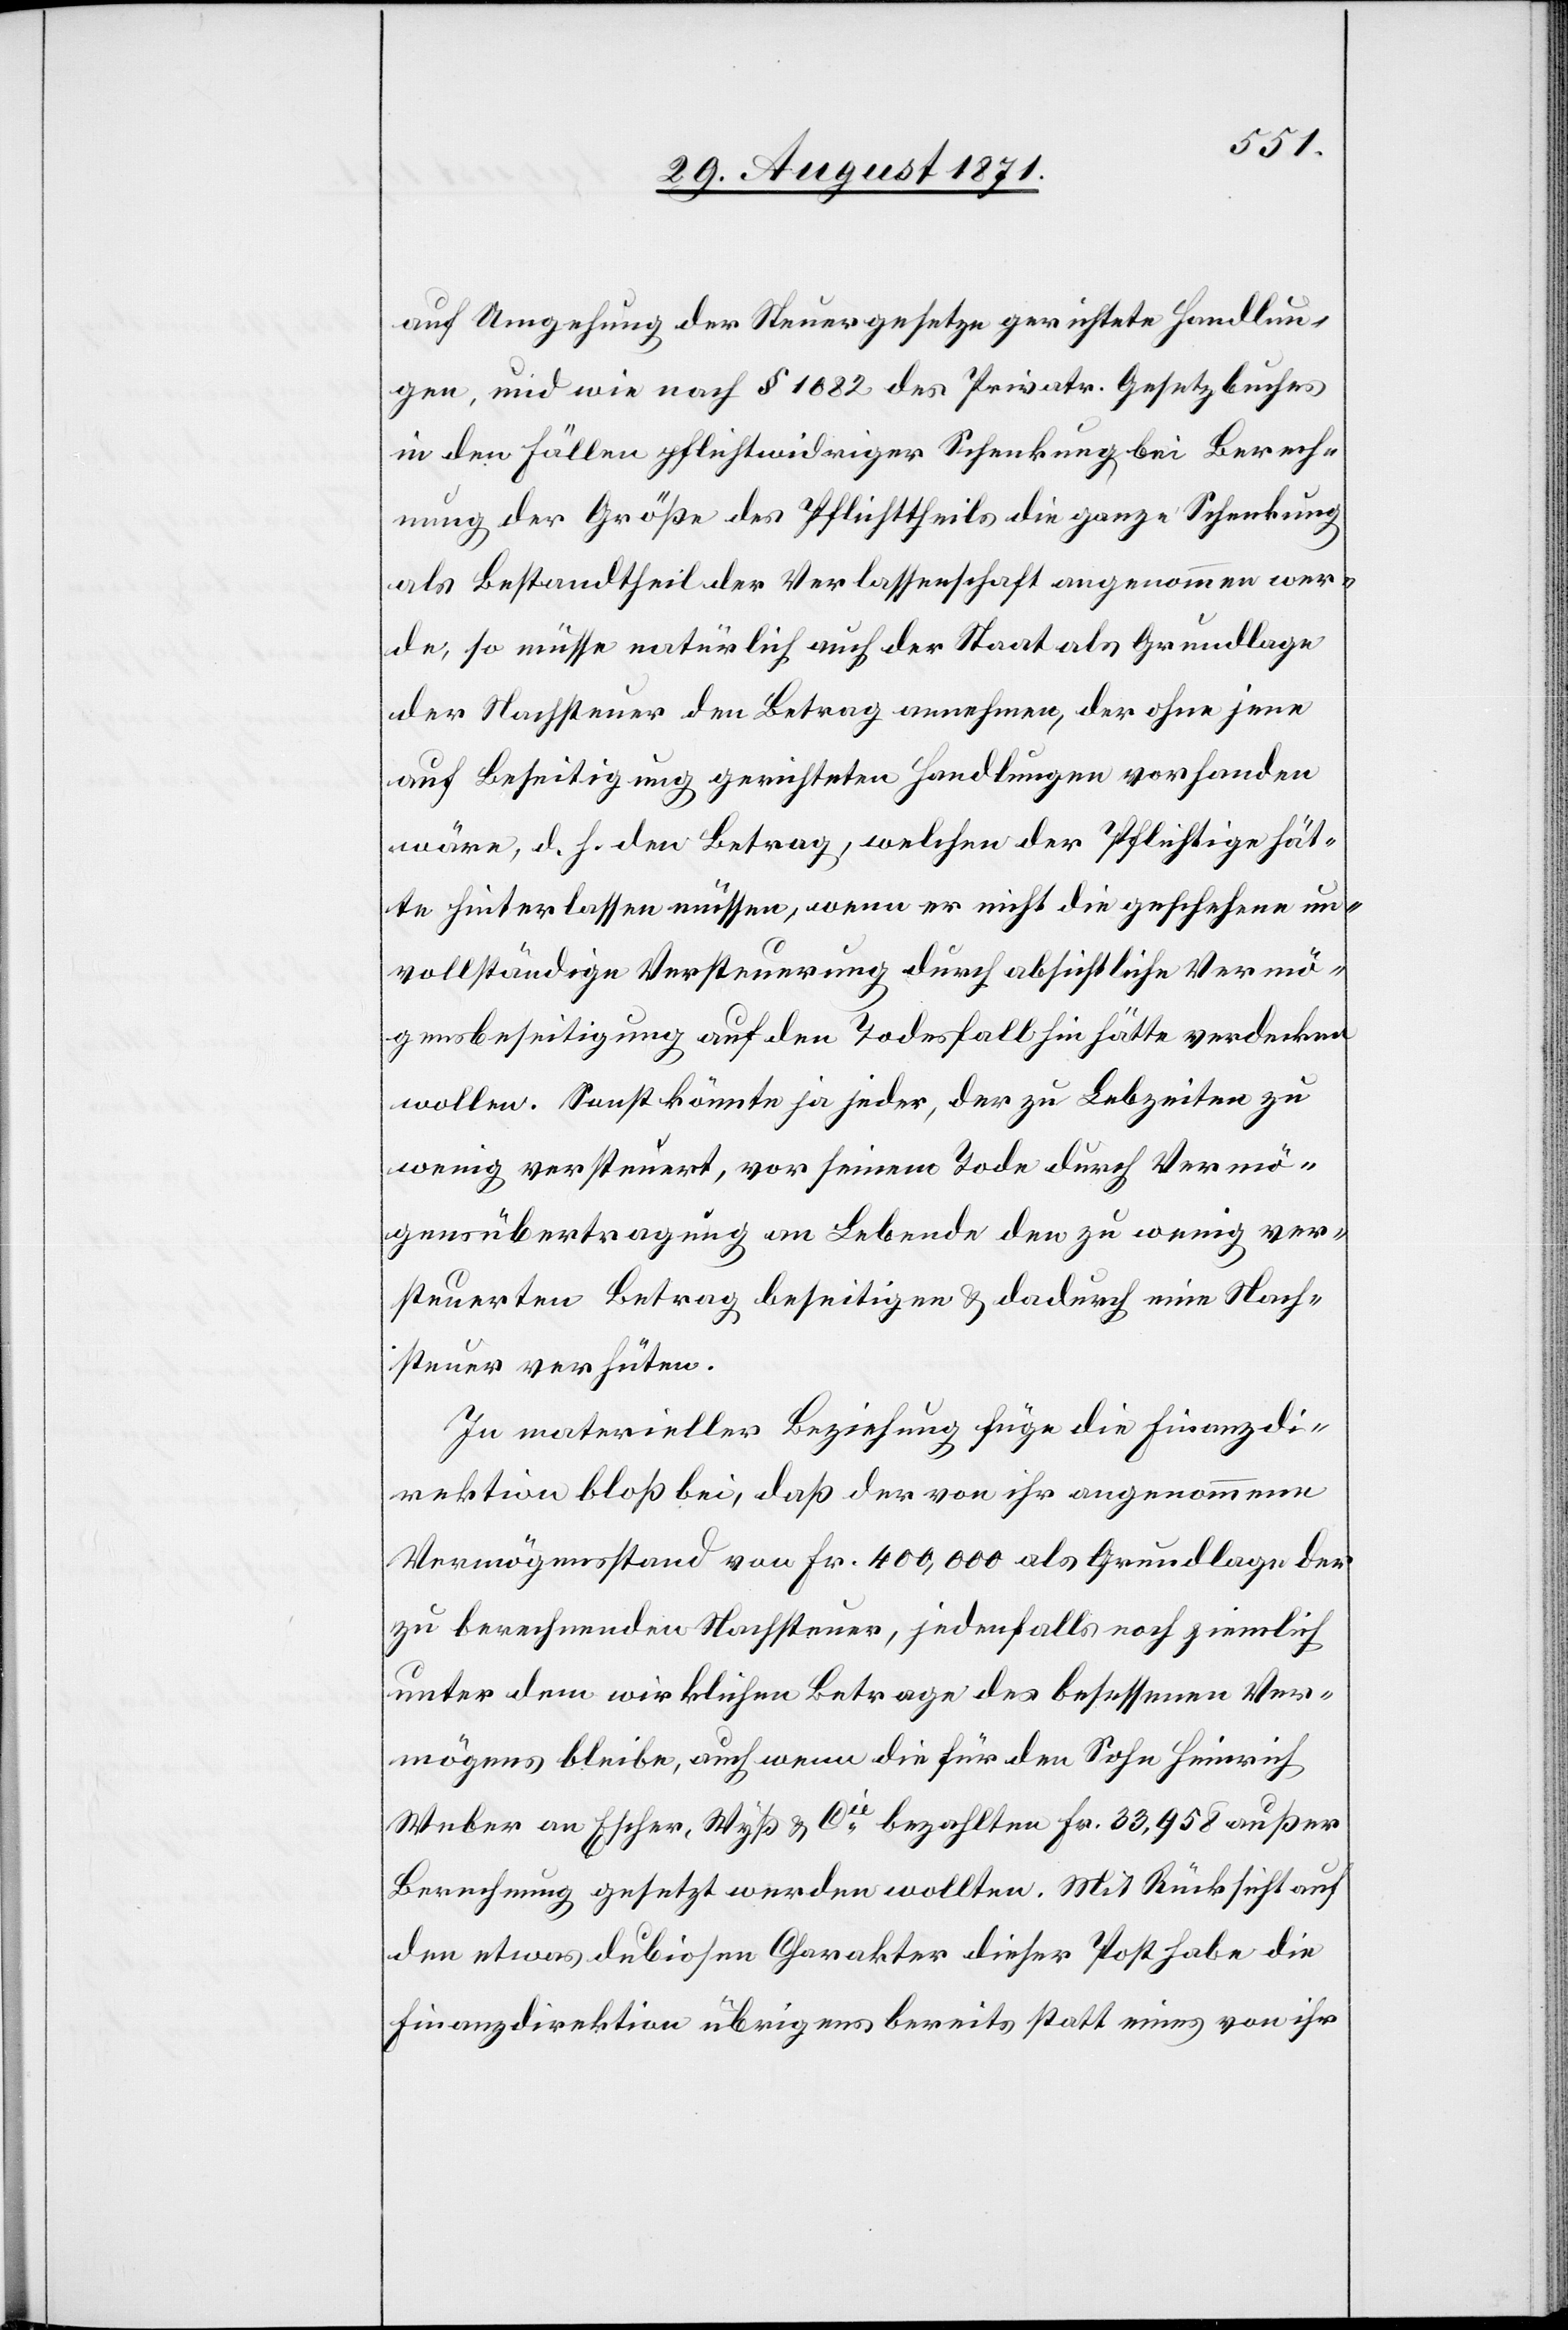
auf Umgehung der Steuergesetze gerichtete Handlun¬
gen, und wie nach § 1682 des Privatr. Gesetzbuches
in den Fällen pflichtwidriger Schenkung bei Berech¬
nung der Größe des Pflichttheils die ganze Schenkung
als Bestandtheil der Verlassenschaft angenommen wer¬
de, so müsse natürlich auch der Staat als Grundlage
der Nachsteuer den Betrag annehmen, der ohne jene
auf Beseitigung gerichteten Handlungen vorhanden
wäre, d. h. den Betrag, welchen der Pflichtige hät¬
te hinterlassen müssen, wenn er nicht die geschehene un¬
vollständige Versteuerung durch absichtliche Vermö¬
gensbeseitigung auf den Todesfall hin hätte verdecken
wollen. Sonst könnte ja jeder, der zu Lebzeiten zu
wenig versteuert, vor seinem Tode durch Vermö¬
gensübertragung an Lebende den zu wenig ver¬
steuerten Betrag beseitigen & dadurch eine Nach¬
steuer verhüten.
In materieller Beziehung füge die Finanzdi¬
rektion bloß bei, daß der von ihr angenommene
Vermögensstand von Fr. 400,000 als Grundlage der
zu berechnenden Nachsteuer, jedenfalls noch ziemlich
unter dem wirklichen Betrage des betroffenen Ver¬
mögens bleibe, auch wenn die für den Sohn Heinrich
Weber an Escher-Wyss & Cie bezahlten Fr. 33,958 außer
Berechnung gesetzt werden wollten. Mit Rücksicht auf
den etwas dubiosen Charakter dieser Post habe die
Finanzdirektion übrigens bereits statt eines von ihr